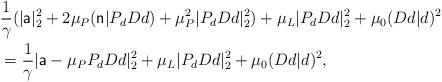
LaTeX: \begin{align*}&\frac{1}{\gamma}(|{\sf a}|_2^2 + 2\mu_P({\sf n}|P_dDd) + \mu_P^2|P_dDd|_2^2) + \mu_L |P_d Dd|_2^2 +\mu_0 (Dd|d)^2\\&= \frac{1}{\gamma}|{\sf a}-\mu_PP_dDd|_2^2 + \mu_L |P_d Dd|_2^2 +\mu_0 (Dd|d)^2,\end{align*}